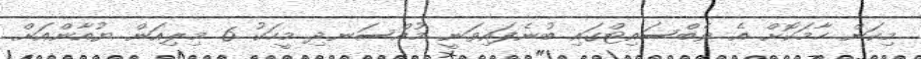
މިކަން ހާމަކޮށް އެ ވެބްސައިޓްގައި ބުނެފައިވަނީ މުއްސަނދި މީހަކު 6 މިލިއަން ޔުއާންއަށް